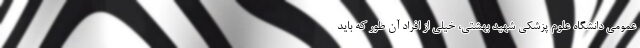
عمومی دانشگاه علوم پزشکی شهید بهشتی، خیلی از افراد آن طور که باید